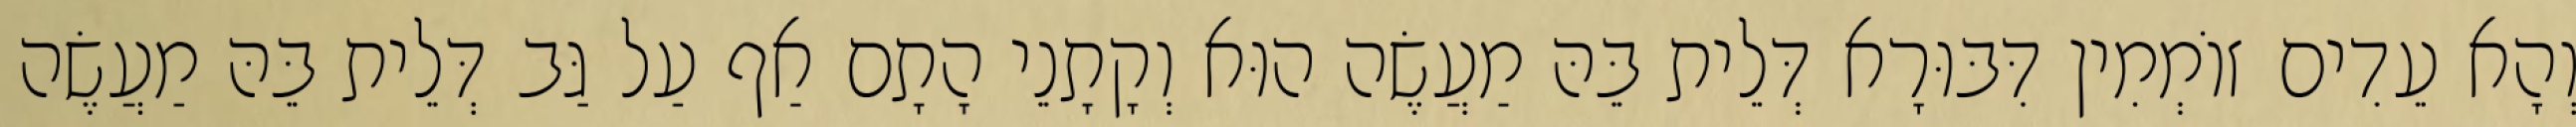
וְהָא עֵדִים זוֹמְמִין דִּבּוּרָא דְּלֵית בֵּהּ מַעֲשֶׂה הוּא וְקָתָנֵי הָתָם אַף עַל גַּב דְּלֵית בֵּהּ מַעֲשֶׂה